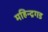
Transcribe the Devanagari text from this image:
महिन्द्रगड